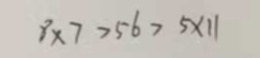
8 \times 7 > 5 6 > 5 \times 1 1